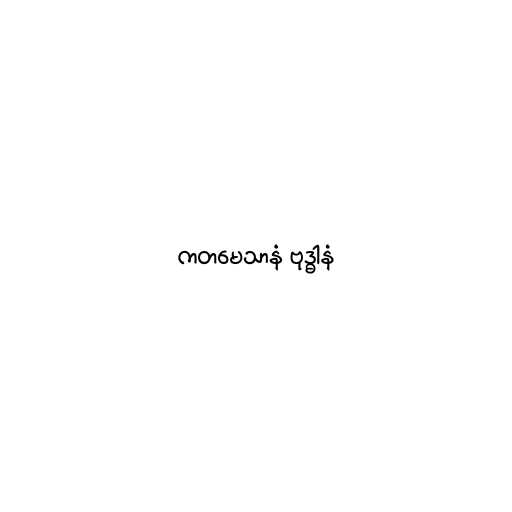
ကတမေသာနံ ဗုဒ္ဓါနံ